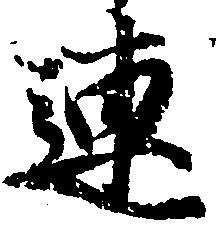
連